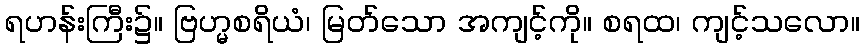
ရဟန်းကြီး၌။ ဗြဟ္မစရိယံ၊ မြတ်သော အကျင့်ကို။ စရထ၊ ကျင့်သလော။